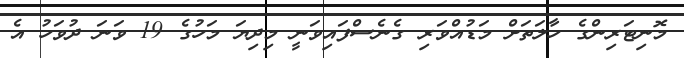
މޮނިޓަރިންގެ ހާލަތަށް މަޑުއްވަރި ގެނެސްފައިވަަނީ މިދިޔަ މަހުގެ 19 ވަނަ ދުވަހު އެ